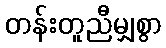
တန်းတူညီမျှစွာ